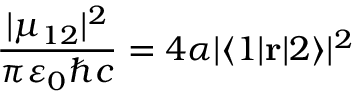
{ \frac { | \mu _ { 1 2 } | ^ { 2 } } { \pi \varepsilon _ { 0 } \hbar c } } = 4 \alpha | \langle 1 | \mathbf { r } | 2 \rangle | ^ { 2 }